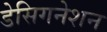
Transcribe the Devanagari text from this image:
डेसिगनेशन